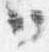
日